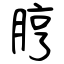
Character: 脝